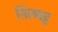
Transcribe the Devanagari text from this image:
सिलवट्ट